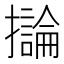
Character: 𫾗